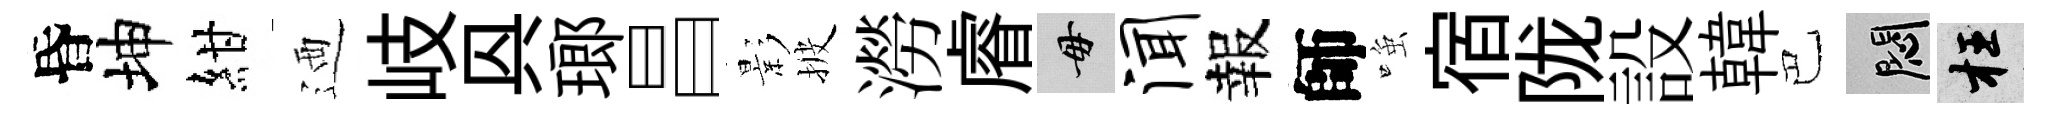
昏坤紺迺岐㒷瑯昌影披澇𥈠毋闻報師𫪻宿陇設韓巴悶枉